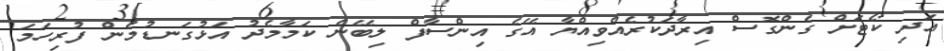
އަދި ކޯޓަށް ގެންގޮސް އިރާދަކުރެއްވިއްޔާ އޭގެ އިންސާފް ލިބޭނެ ކަމާމެދު އަޅުގަނޑުމެން ފުރިހަމަ